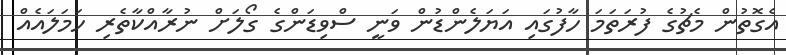
އެގޮތުން މެޗުގެ ފުރަތަމަ ހާފުގައި އަޔަލެންޑުން ވަނީ ސްވިޑަންގެ ގޯލަށް ނުރާއްކާތެރި ހަމަލައެއް